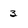
Character: 3